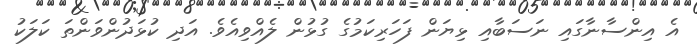
އެ އިންސާނާގައި ނަސަބާއި ޅިޔަން ފަހަރިކަމުގެ ގުޅުން ލެއްވިއެވެ. އަދި ކުޅަދުންވަންތަ ކަލަކު